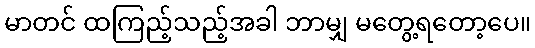
မာတင် ထကြည့်သည့်အခါ ဘာမျှ မတွေ့ရတော့ပေ။